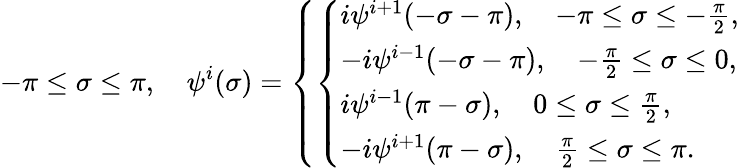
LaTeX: -\pi\leq\sigma\leq\pi,~~~~\psi^{i}(\sigma)=\left\{ \left\{ \begin{array}{ll}{{i\psi^{i+1}(-\sigma-\pi),\quad-\pi\leq\sigma\leq-\frac{\pi}{2},}}\\ {{-i\psi^{i-1}(-\sigma-\pi),\quad-\frac{\pi}{2}\leq\sigma\leq 0,}}\\ {{i\psi^{i-1}(\pi-\sigma),\quad 0\leq\sigma\leq\frac{\pi}{2},}}\\ {{-i\psi^{i+1}(\pi-\sigma),\quad\frac{\pi}{2}\leq\sigma\leq\pi.}}\end{array}\right.\right.